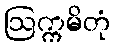
ဩက္ကမိတုံ